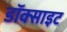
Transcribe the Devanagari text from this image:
डॉक्साइट